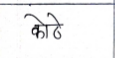
मजकूर: कोठे